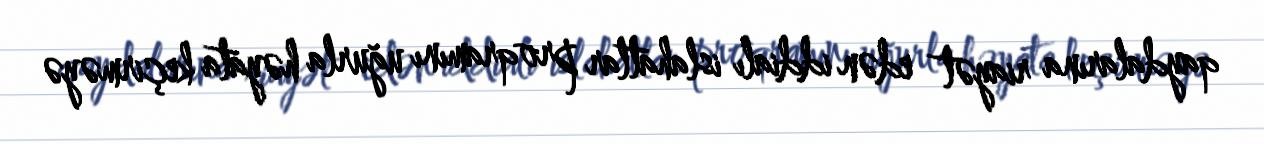
qaydalarına riayət edən iddialı islahatlar proqramını uğurla həyata keçirməyə